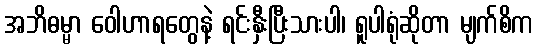
အဘိဓမ္မာ ဝေါဟာရတွေနဲ့ ရင်းနှီးပြီးသားပါ၊ ရူပါရုံဆိုတာ မျက်စိက